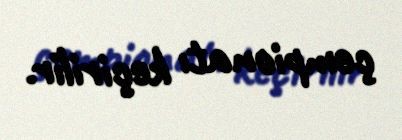
çempionatı keçirilir.